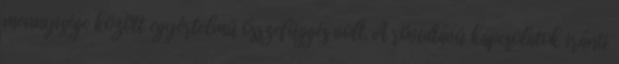
mennyisége között egyértelmű összefüggés volt. A rövidtávú kapcsolatok iránti